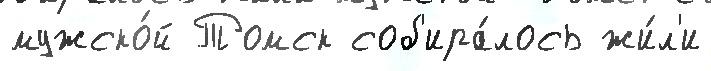
мужско́й Томск соб'ира́лось жи́л'и